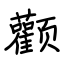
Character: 颧